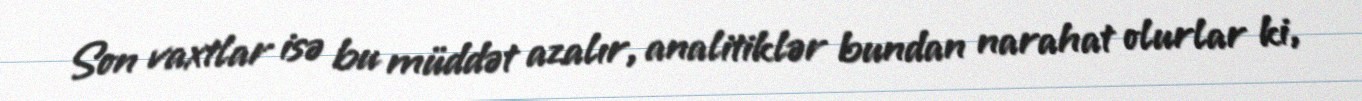
Son vaxtlar isə bu müddət azalır, analitiklər bundan narahat olurlar ki,